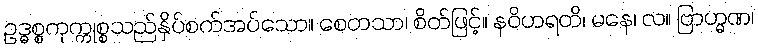
ဥဒ္ဓစ္စကုက္ကုစ္စသည်နှိပ်စက်အပ်သော။ စေတသာ၊ စိတ်ဖြင့်။ နဝိဟရတိ၊ မနေ၊ လ။ ဗြာဟ္မဏ၊